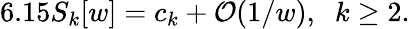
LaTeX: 6.15S_{k}[w]=c_{k}+{\cal{O}}(1/w),\; \; k\geq 2.